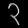
Digit: ၃